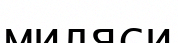
миляси